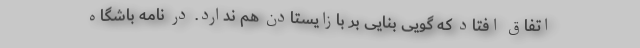
اتفاق افتاد که گویی بنایی بر بازایستادن هم ندارد. در نامه باشگاه